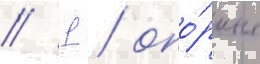
// 1 / опо́рные